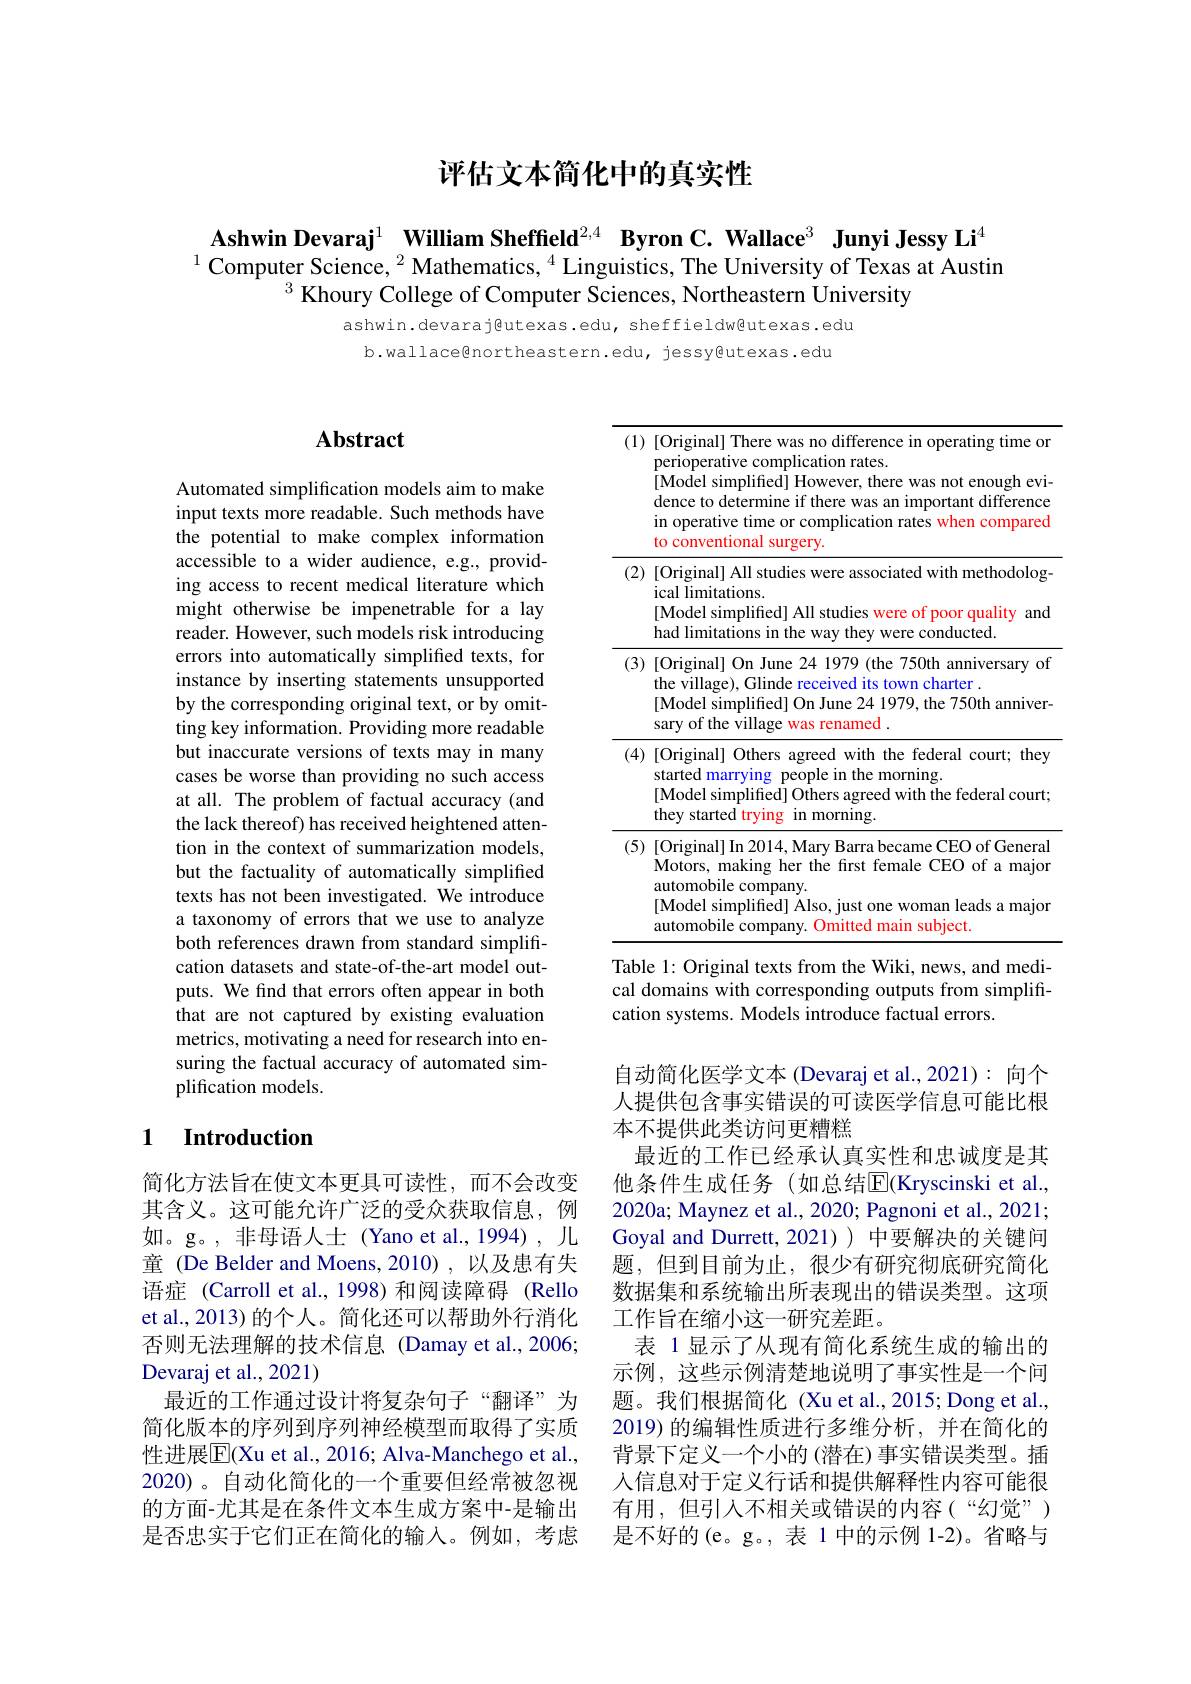
# 评估文本简化中的真实性

Ashwin Devaraj$^1\textbf{ William Sheffeld}^{2,4}$ Byron C. Wallace$^3\textbf{ Junyi Jessy Li}^4$
$^{1}$ Computer Science, $^{2}$ Mathematics, $^{4}$ Linguistics, The University of Texas at Austin
$^3$ Khoury College of Computer Sciences, Northeastern University

ashwin.devaraj@utexas.edu, sheffieldw@utexas.edu
b.wallace@northeastern.edu, jessy@utexas.edu

## $\mathbf{Abstract}$

Automated simplification models aim to make input texts more readable. Such methods have the potential to make complex information accessible to a wider audience, e.g., providing access to recent medical literature which might otherwise be impenetrable for a lay reader. However, such models risk introducing errors into automatically simplified texts, for instance by inserting statements unsupported by the corresponding original text, or by omitting key information. Providing more readable but inaccurate versions of texts may in many cases be worse than providing no such access at all. The problem of factual accuracy (and the lack thereof) has received heightened attention in the context of summarization models, but the factuality of automatically simplified texts has not been investigated. We introduce a taxonomy of errors that we use to analyze both references drawn from standard simplification datasets and state-of-the-art model outputs. We find that errors often appear in both that are not captured by existing evaluation metrics, motivating a need for research into ensuring the factual accuracy of automated simplification models.

## 1 $\textbf{Introduction}$

简化方法旨在使文本更具可读性，而不会改变其含义。这可能允许广泛的受众获取信息，例如。g。,非母语人士(Yano et al.,1994),儿童 (De Belder and Moens,2010),以及患有失语症 (Carroll et al., 1998)和阅读障碍 (Rello et al., 2013) 的个人。简化还可以帮助外行消化否则无法理解的技术信息 (Damay et al.,2006; Devaraj et al., 2021)
最近的工作通过设计将复杂句子“翻译”为简化版本的序列到序列神经模型而取得了实质性进展$\overline{\mathrm{E}}($Xu et al., 2016; Alva-Manchego et al., 2020)。自动化简化的一个重要但经常被忽视的方面-尤其是在条件文本生成方案中-是输出是否忠实于它们正在简化的输入。例如，考虑

<table>
	<tbody>
		<tr>
			<td>(1)</td>
			<td>[Original] There was no difference in operating time or perioperative complication rates. [Model simplifed] However, there was not enough evi- dence to determine if there was an important difference in operative time or complication rates when compared to conventional surgery.</td>
		</tr>
		<tr>
			<td>(2)</td>
			<td>[Original] All studies were associated with methodolog ical limitations. [Model simplifed] All studies were of poor quality and 4 had limitations in the way they were conducted.</td>
		</tr>
		<tr>
			<td>(3)</td>
			<td>[Original] On June 24 1979 (the 750th anniversary of the village), Glinde received its town charter . [Model simplified] On June 24 1979, the 750th anniver- sary of the village was renamed .</td>
		</tr>
		<tr>
			<td>(4)</td>
			<td>[Original] Others agreed with the federal court; they started marrying g people in the morning. [Model simplified] Others agreed with the federal court; they started trying ${\mathrm{~in~morning.}}$</td>
		</tr>
		<tr>
			<td>(5)</td>
			<td>[Original] In 2014, Mary Barra became CEO of General Motors, making her the first female CEO of a major automobile company. [Model simplifed] Also, just one woman leads a major automobile company. Omitted main subject.</td>
		</tr>
	</tbody>
</table>
Table 1: Original texts from the Wiki, news, and medi-

cal domains with corresponding outputs from simplifi-
cation systems. Models introduce factual errors.

自动简化医学文本 (Devaraj et al.,2021): 向个人提供包含事实错误的可读医学信息可能比根本不提供此类访问更糟糕
最近的工作已经承认真实性和忠诚度是其他条件生成任务(如总结$\mathbb{E}($Kryscinski et al., 2020a; Maynez et al., 2020; Pagnoni et al., 2021; Goyal and Durrett, 2021) ) 中要解决的关键问题，但到目前为止，很少有研究彻底研究简化数据集和系统输出所表现出的错误类型。这项工作旨在缩小这一研究差距。
表 1显示了从现有简化系统生成的输出的示例，这些示例清楚地说明了事实性是一个问题。我们根据简化 (Xu et al.,2015; Dong et al., 2019)的编辑性质进行多维分析，并在简化的背景下定义一个小的 (潜在)事实错误类型。插人信息对于定义行话和提供解释性内容可能很有用，但引入不相关或错误的内容(“幻觉”) 是不好的(e。g。,表 1 中的示例 1-2)。省略与